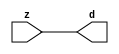

//------> ./rtl_mgc_ioport.v 
//------------------------------------------------------------------
//                M G C _ I O P O R T _ C O M P S
//------------------------------------------------------------------

//------------------------------------------------------------------
//                       M O D U L E S
//------------------------------------------------------------------

//------------------------------------------------------------------
//-- INPUT ENTITIES
//------------------------------------------------------------------

module mgc_in_wire (d, z);

  parameter integer rscid = 1;
  parameter integer width = 8;

  output [width-1:0] d;
  input  [width-1:0] z;

  wire   [width-1:0] d;

  assign d = z;

endmodule

//------------------------------------------------------------------

module mgc_in_wire_en (ld, d, lz, z);

  parameter integer rscid = 1;
  parameter integer width = 8;

  input              ld;
  output [width-1:0] d;
  output             lz;
  input  [width-1:0] z;

  wire   [width-1:0] d;
  wire               lz;

  assign d = z;
  assign lz = ld;

endmodule

//------------------------------------------------------------------

module mgc_in_wire_wait (ld, vd, d, lz, vz, z);

  parameter integer rscid = 1;
  parameter integer width = 8;

  input              ld;
  output             vd;
  output [width-1:0] d;
  output             lz;
  input              vz;
  input  [width-1:0] z;

  wire               vd;
  wire   [width-1:0] d;
  wire               lz;

  assign d = z;
  assign lz = ld;
  assign vd = vz;

endmodule
//------------------------------------------------------------------

module mgc_chan_in (ld, vd, d, lz, vz, z, size, req_size, sizez, sizelz);

  parameter integer rscid = 1;
  parameter integer width = 8;
  parameter integer sz_width = 8;

  input              ld;
  output             vd;
  output [width-1:0] d;
  output             lz;
  input              vz;
  input  [width-1:0] z;
  output [sz_width-1:0] size;
  input              req_size;
  input  [sz_width-1:0] sizez;
  output             sizelz;


  wire               vd;
  wire   [width-1:0] d;
  wire               lz;
  wire   [sz_width-1:0] size;
  wire               sizelz;

  assign d = z;
  assign lz = ld;
  assign vd = vz;
  assign size = sizez;
  assign sizelz = req_size;

endmodule


//------------------------------------------------------------------
//-- OUTPUT ENTITIES
//------------------------------------------------------------------

module mgc_out_stdreg (d, z);

  parameter integer rscid = 1;
  parameter integer width = 8;

  input    [width-1:0] d;
  output   [width-1:0] z;

  wire     [width-1:0] z;

  assign z = d;

endmodule

//------------------------------------------------------------------

module mgc_out_stdreg_en (ld, d, lz, z);

  parameter integer rscid = 1;
  parameter integer width = 8;

  input              ld;
  input  [width-1:0] d;
  output             lz;
  output [width-1:0] z;

  wire               lz;
  wire   [width-1:0] z;

  assign z = d;
  assign lz = ld;

endmodule

//------------------------------------------------------------------

module mgc_out_stdreg_wait (ld, vd, d, lz, vz, z);

  parameter integer rscid = 1;
  parameter integer width = 8;

  input              ld;
  output             vd;
  input  [width-1:0] d;
  output             lz;
  input              vz;
  output [width-1:0] z;

  wire               vd;
  wire               lz;
  wire   [width-1:0] z;

  assign z = d;
  assign lz = ld;
  assign vd = vz;

endmodule

//------------------------------------------------------------------

module mgc_out_prereg_en (ld, d, lz, z);

    parameter integer rscid = 1;
    parameter integer width = 8;

    input              ld;
    input  [width-1:0] d;
    output             lz;
    output [width-1:0] z;

    wire               lz;
    wire   [width-1:0] z;

    assign z = d;
    assign lz = ld;

endmodule

//------------------------------------------------------------------
//-- INOUT ENTITIES
//------------------------------------------------------------------

module mgc_inout_stdreg_en (ldin, din, ldout, dout, lzin, lzout, z);

    parameter integer rscid = 1;
    parameter integer width = 8;

    input              ldin;
    output [width-1:0] din;
    input              ldout;
    input  [width-1:0] dout;
    output             lzin;
    output             lzout;
    inout  [width-1:0] z;

    wire   [width-1:0] din;
    wire               lzin;
    wire               lzout;
    wire   [width-1:0] z;

    assign lzin = ldin;
    assign din = ldin ? z : {width{1'bz}};
    assign lzout = ldout;
    assign z = ldout ? dout : {width{1'bz}};

endmodule

//------------------------------------------------------------------
module hid_tribuf( I_SIG, ENABLE, O_SIG);
  parameter integer width = 8;

  input [width-1:0] I_SIG;
  input ENABLE;
  inout [width-1:0] O_SIG;

  assign O_SIG = (ENABLE) ? I_SIG : { width{1'bz}};

endmodule
//------------------------------------------------------------------

module mgc_inout_stdreg_wait (ldin, vdin, din, ldout, vdout, dout, lzin, vzin, lzout, vzout, z);

    parameter integer rscid = 1;
    parameter integer width = 8;

    input              ldin;
    output             vdin;
    output [width-1:0] din;
    input              ldout;
    output             vdout;
    input  [width-1:0] dout;
    output             lzin;
    input              vzin;
    output             lzout;
    input              vzout;
    inout  [width-1:0] z;

    wire               vdin;
    wire   [width-1:0] din;
    wire               vdout;
    wire               lzin;
    wire               lzout;
    wire   [width-1:0] z;
    wire   ldout_and_vzout;

    assign lzin = ldin;
    assign vdin = vzin;
    assign din = ldin ? z : {width{1'bz}};
    assign lzout = ldout;
    assign vdout = vzout ;
    assign ldout_and_vzout = ldout && vzout ;

    hid_tribuf #(width) tb( .I_SIG(dout),
                            .ENABLE(ldout_and_vzout),
                            .O_SIG(z) );

endmodule

//------------------------------------------------------------------

module mgc_inout_buf_wait (clk, en, arst, srst, ldin, vdin, din, ldout, vdout, dout, lzin, vzin, lzout, vzout, z);

    parameter integer rscid   = 0; // resource ID
    parameter integer width   = 8; // fifo width
    parameter         ph_clk  =  1'b1; // clock polarity 1=rising edge, 0=falling edge
    parameter         ph_en   =  1'b1; // clock enable polarity
    parameter         ph_arst =  1'b1; // async reset polarity
    parameter         ph_srst =  1'b1; // sync reset polarity

    input              clk;
    input              en;
    input              arst;
    input              srst;
    input              ldin;
    output             vdin;
    output [width-1:0] din;
    input              ldout;
    output             vdout;
    input  [width-1:0] dout;
    output             lzin;
    input              vzin;
    output             lzout;
    input              vzout;
    inout  [width-1:0] z;

    wire               lzout_buf;
    wire               vzout_buf;
    wire   [width-1:0] z_buf;
    wire               vdin;
    wire   [width-1:0] din;
    wire               vdout;
    wire               lzin;
    wire               lzout;
    wire   [width-1:0] z;

    assign lzin = ldin;
    assign vdin = vzin;
    assign din = ldin ? z : {width{1'bz}};
    assign lzout = lzout_buf & ~ldin;
    assign vzout_buf = vzout & ~ldin;
    hid_tribuf #(width) tb( .I_SIG(z_buf),
                            .ENABLE((lzout_buf && (!ldin) && vzout) ),
                            .O_SIG(z)  );

    mgc_out_buf_wait
    #(
        .rscid   (rscid),
        .width   (width),
        .ph_clk  (ph_clk),
        .ph_en   (ph_en),
        .ph_arst (ph_arst),
        .ph_srst (ph_srst)
    )
    BUFF
    (
        .clk     (clk),
        .en      (en),
        .arst    (arst),
        .srst    (srst),
        .ld      (ldout),
        .vd      (vdout),
        .d       (dout),
        .lz      (lzout_buf),
        .vz      (vzout_buf),
        .z       (z_buf)
    );


endmodule

module mgc_inout_fifo_wait (clk, en, arst, srst, ldin, vdin, din, ldout, vdout, dout, lzin, vzin, lzout, vzout, z);

    parameter integer rscid   = 0; // resource ID
    parameter integer width   = 8; // fifo width
    parameter integer fifo_sz = 8; // fifo depth
    parameter         ph_clk  = 1'b1;  // clock polarity 1=rising edge, 0=falling edge
    parameter         ph_en   = 1'b1;  // clock enable polarity
    parameter         ph_arst = 1'b1;  // async reset polarity
    parameter         ph_srst = 1'b1;  // sync reset polarity
    parameter integer ph_log2 = 3;     // log2(fifo_sz)
    parameter integer pwropt  = 0;     // pwropt

    input              clk;
    input              en;
    input              arst;
    input              srst;
    input              ldin;
    output             vdin;
    output [width-1:0] din;
    input              ldout;
    output             vdout;
    input  [width-1:0] dout;
    output             lzin;
    input              vzin;
    output             lzout;
    input              vzout;
    inout  [width-1:0] z;

    wire               lzout_buf;
    wire               vzout_buf;
    wire   [width-1:0] z_buf;
    wire               comb;
    wire               vdin;
    wire   [width-1:0] din;
    wire               vdout;
    wire               lzin;
    wire               lzout;
    wire   [width-1:0] z;

    assign lzin = ldin;
    assign vdin = vzin;
    assign din = ldin ? z : {width{1'bz}};
    assign lzout = lzout_buf & ~ldin;
    assign vzout_buf = vzout & ~ldin;
    assign comb = (lzout_buf && (!ldin) && vzout);

    hid_tribuf #(width) tb2( .I_SIG(z_buf), .ENABLE(comb), .O_SIG(z)  );

    mgc_out_fifo_wait
    #(
        .rscid   (rscid),
        .width   (width),
        .fifo_sz (fifo_sz),
        .ph_clk  (ph_clk),
        .ph_en   (ph_en),
        .ph_arst (ph_arst),
        .ph_srst (ph_srst),
        .ph_log2 (ph_log2),
        .pwropt  (pwropt)
    )
    FIFO
    (
        .clk   (clk),
        .en      (en),
        .arst    (arst),
        .srst    (srst),
        .ld      (ldout),
        .vd      (vdout),
        .d       (dout),
        .lz      (lzout_buf),
        .vz      (vzout_buf),
        .z       (z_buf)
    );

endmodule

//------------------------------------------------------------------
//-- I/O SYNCHRONIZATION ENTITIES
//------------------------------------------------------------------

module mgc_io_sync (ld, lz);

    input  ld;
    output lz;

    assign lz = ld;

endmodule

module mgc_bsync_rdy (rd, rz);

    parameter integer rscid   = 0; // resource ID
    parameter ready = 1;
    parameter valid = 0;

    input  rd;
    output rz;

    wire   rz;

    assign rz = rd;

endmodule

module mgc_bsync_vld (vd, vz);

    parameter integer rscid   = 0; // resource ID
    parameter ready = 0;
    parameter valid = 1;

    output vd;
    input  vz;

    wire   vd;

    assign vd = vz;

endmodule

module mgc_bsync_rv (rd, vd, rz, vz);

    parameter integer rscid   = 0; // resource ID
    parameter ready = 1;
    parameter valid = 1;

    input  rd;
    output vd;
    output rz;
    input  vz;

    wire   vd;
    wire   rz;

    assign rz = rd;
    assign vd = vz;

endmodule

//------------------------------------------------------------------

module mgc_sync (ldin, vdin, ldout, vdout);

  input  ldin;
  output vdin;
  input  ldout;
  output vdout;

  wire   vdin;
  wire   vdout;

  assign vdin = ldout;
  assign vdout = ldin;

endmodule

///////////////////////////////////////////////////////////////////////////////
// dummy function used to preserve funccalls for modulario
// it looks like a memory read to the caller
///////////////////////////////////////////////////////////////////////////////
module funccall_inout (d, ad, bd, z, az, bz);

  parameter integer ram_id = 1;
  parameter integer width = 8;
  parameter integer addr_width = 8;

  output [width-1:0]       d;
  input  [addr_width-1:0]  ad;
  input                    bd;
  input  [width-1:0]       z;
  output [addr_width-1:0]  az;
  output                   bz;

  wire   [width-1:0]       d;
  wire   [addr_width-1:0]  az;
  wire                     bz;

  assign d  = z;
  assign az = ad;
  assign bz = bd;

endmodule


///////////////////////////////////////////////////////////////////////////////
// inlinable modular io not otherwise found in mgc_ioport
///////////////////////////////////////////////////////////////////////////////

module modulario_en_in (vd, d, vz, z);

  parameter integer rscid = 1;
  parameter integer width = 8;

  output             vd;
  output [width-1:0] d;
  input              vz;
  input  [width-1:0] z;

  wire   [width-1:0] d;
  wire               vd;

  assign d = z;
  assign vd = vz;

endmodule

//------> ./rtl_mgc_ioport_v2001.v 
//------------------------------------------------------------------

module mgc_out_reg_pos (clk, en, arst, srst, ld, d, lz, z);

    parameter integer rscid   = 1;
    parameter integer width   = 8;
    parameter         ph_en   =  1'b1;
    parameter         ph_arst =  1'b1;
    parameter         ph_srst =  1'b1;

    input              clk;
    input              en;
    input              arst;
    input              srst;
    input              ld;
    input  [width-1:0] d;
    output             lz;
    output [width-1:0] z;

    reg                lz;
    reg    [width-1:0] z;

    generate
    if (ph_arst == 1'b0)
    begin: NEG_ARST
        always @(posedge clk or negedge arst)
        if (arst == 1'b0)
        begin: B1
            lz <= 1'b0;
            z  <= {width{1'b0}};
        end
        else if (srst == ph_srst)
        begin: B2
            lz <= 1'b0;
            z  <= {width{1'b0}};
        end
        else if (en == ph_en)
        begin: B3
            lz <= ld;
            z  <= (ld) ? d : z;
        end
    end
    else
    begin: POS_ARST
        always @(posedge clk or posedge arst)
        if (arst == 1'b1)
        begin: B1
            lz <= 1'b0;
            z  <= {width{1'b0}};
        end
        else if (srst == ph_srst)
        begin: B2
            lz <= 1'b0;
            z  <= {width{1'b0}};
        end
        else if (en == ph_en)
        begin: B3
            lz <= ld;
            z  <= (ld) ? d : z;
        end
    end
    endgenerate

endmodule

//------------------------------------------------------------------

module mgc_out_reg_neg (clk, en, arst, srst, ld, d, lz, z);

    parameter integer rscid   = 1;
    parameter integer width   = 8;
    parameter         ph_en   =  1'b1;
    parameter         ph_arst =  1'b1;
    parameter         ph_srst =  1'b1;

    input              clk;
    input              en;
    input              arst;
    input              srst;
    input              ld;
    input  [width-1:0] d;
    output             lz;
    output [width-1:0] z;

    reg                lz;
    reg    [width-1:0] z;

    generate
    if (ph_arst == 1'b0)
    begin: NEG_ARST
        always @(negedge clk or negedge arst)
        if (arst == 1'b0)
        begin: B1
            lz <= 1'b0;
            z  <= {width{1'b0}};
        end
        else if (srst == ph_srst)
        begin: B2
            lz <= 1'b0;
            z  <= {width{1'b0}};
        end
        else if (en == ph_en)
        begin: B3
            lz <= ld;
            z  <= (ld) ? d : z;
        end
    end
    else
    begin: POS_ARST
        always @(negedge clk or posedge arst)
        if (arst == 1'b1)
        begin: B1
            lz <= 1'b0;
            z  <= {width{1'b0}};
        end
        else if (srst == ph_srst)
        begin: B2
            lz <= 1'b0;
            z  <= {width{1'b0}};
        end
        else if (en == ph_en)
        begin: B3
            lz <= ld;
            z  <= (ld) ? d : z;
        end
    end
    endgenerate

endmodule

//------------------------------------------------------------------

module mgc_out_reg (clk, en, arst, srst, ld, d, lz, z); // Not Supported

    parameter integer rscid   = 1;
    parameter integer width   = 8;
    parameter         ph_clk  =  1'b1;
    parameter         ph_en   =  1'b1;
    parameter         ph_arst =  1'b1;
    parameter         ph_srst =  1'b1;

    input              clk;
    input              en;
    input              arst;
    input              srst;
    input              ld;
    input  [width-1:0] d;
    output             lz;
    output [width-1:0] z;


    generate
    if (ph_clk == 1'b0)
    begin: NEG_EDGE

        mgc_out_reg_neg
        #(
            .rscid   (rscid),
            .width   (width),
            .ph_en   (ph_en),
            .ph_arst (ph_arst),
            .ph_srst (ph_srst)
        )
        mgc_out_reg_neg_inst
        (
            .clk     (clk),
            .en      (en),
            .arst    (arst),
            .srst    (srst),
            .ld      (ld),
            .d       (d),
            .lz      (lz),
            .z       (z)
        );

    end
    else
    begin: POS_EDGE

        mgc_out_reg_pos
        #(
            .rscid   (rscid),
            .width   (width),
            .ph_en   (ph_en),
            .ph_arst (ph_arst),
            .ph_srst (ph_srst)
        )
        mgc_out_reg_pos_inst
        (
            .clk     (clk),
            .en      (en),
            .arst    (arst),
            .srst    (srst),
            .ld      (ld),
            .d       (d),
            .lz      (lz),
            .z       (z)
        );

    end
    endgenerate

endmodule




//------------------------------------------------------------------

module mgc_out_buf_wait (clk, en, arst, srst, ld, vd, d, vz, lz, z); // Not supported

    parameter integer rscid   = 1;
    parameter integer width   = 8;
    parameter         ph_clk  =  1'b1;
    parameter         ph_en   =  1'b1;
    parameter         ph_arst =  1'b1;
    parameter         ph_srst =  1'b1;

    input              clk;
    input              en;
    input              arst;
    input              srst;
    input              ld;
    output             vd;
    input  [width-1:0] d;
    output             lz;
    input              vz;
    output [width-1:0] z;

    wire               filled;
    wire               filled_next;
    wire   [width-1:0] abuf;
    wire               lbuf;


    assign filled_next = (filled & (~vz)) | (filled & ld) | (ld & (~vz));

    assign lbuf = ld & ~(filled ^ vz);

    assign vd = vz | ~filled;

    assign lz = ld | filled;

    assign z = (filled) ? abuf : d;

    wire dummy;
    wire dummy_bufreg_lz;

    // Output registers:
    mgc_out_reg
    #(
        .rscid   (rscid),
        .width   (1'b1),
        .ph_clk  (ph_clk),
        .ph_en   (ph_en),
        .ph_arst (ph_arst),
        .ph_srst (ph_srst)
    )
    STATREG
    (
        .clk     (clk),
        .en      (en),
        .arst    (arst),
        .srst    (srst),
        .ld      (filled_next),
        .d       (1'b0),       // input d is unused
        .lz      (filled),
        .z       (dummy)            // output z is unused
    );

    mgc_out_reg
    #(
        .rscid   (rscid),
        .width   (width),
        .ph_clk  (ph_clk),
        .ph_en   (ph_en),
        .ph_arst (ph_arst),
        .ph_srst (ph_srst)
    )
    BUFREG
    (
        .clk     (clk),
        .en      (en),
        .arst    (arst),
        .srst    (srst),
        .ld      (lbuf),
        .d       (d),
        .lz      (dummy_bufreg_lz),
        .z       (abuf)
    );

endmodule

//------------------------------------------------------------------

module mgc_out_fifo_wait (clk, en, arst, srst, ld, vd, d, lz, vz,  z);

    parameter integer rscid   = 0; // resource ID
    parameter integer width   = 8; // fifo width
    parameter integer fifo_sz = 8; // fifo depth
    parameter         ph_clk  = 1'b1; // clock polarity 1=rising edge, 0=falling edge
    parameter         ph_en   = 1'b1; // clock enable polarity
    parameter         ph_arst = 1'b1; // async reset polarity
    parameter         ph_srst = 1'b1; // sync reset polarity
    parameter integer ph_log2 = 3; // log2(fifo_sz)
    parameter integer pwropt  = 0; // pwropt


    input                 clk;
    input                 en;
    input                 arst;
    input                 srst;
    input                 ld;    // load data
    output                vd;    // fifo full active low
    input     [width-1:0] d;
    output                lz;    // fifo ready to send
    input                 vz;    // dest ready for data
    output    [width-1:0] z;

    wire    [31:0]      size;


      // Output registers:
 mgc_out_fifo_wait_core#(
        .rscid   (rscid),
        .width   (width),
        .sz_width (32),
        .fifo_sz (fifo_sz),
        .ph_clk  (ph_clk),
        .ph_en   (ph_en),
        .ph_arst (ph_arst),
        .ph_srst (ph_srst),
        .ph_log2 (ph_log2),
        .pwropt  (pwropt)
        ) CORE (
        .clk (clk),
        .en (en),
        .arst (arst),
        .srst (srst),
        .ld (ld),
        .vd (vd),
        .d (d),
        .lz (lz),
        .vz (vz),
        .z (z),
        .size (size)
        );

endmodule



module mgc_out_fifo_wait_core (clk, en, arst, srst, ld, vd, d, lz, vz,  z, size);

    parameter integer rscid   = 0; // resource ID
    parameter integer width   = 8; // fifo width
    parameter integer sz_width = 8; // size of port for elements in fifo
    parameter integer fifo_sz = 8; // fifo depth
    parameter         ph_clk  =  1'b1; // clock polarity 1=rising edge, 0=falling edge
    parameter         ph_en   =  1'b1; // clock enable polarity
    parameter         ph_arst =  1'b1; // async reset polarity
    parameter         ph_srst =  1'b1; // sync reset polarity
    parameter integer ph_log2 = 3; // log2(fifo_sz)
    parameter integer pwropt  = 0; // pwropt

   localparam integer  fifo_b = width * fifo_sz;

    input                 clk;
    input                 en;
    input                 arst;
    input                 srst;
    input                 ld;    // load data
    output                vd;    // fifo full active low
    input     [width-1:0] d;
    output                lz;    // fifo ready to send
    input                 vz;    // dest ready for data
    output    [width-1:0] z;
    output    [sz_width-1:0]      size;

    reg      [( (fifo_sz > 0) ? fifo_sz : 1)-1:0] stat_pre;
    wire     [( (fifo_sz > 0) ? fifo_sz : 1)-1:0] stat;
    reg      [( (fifo_b > 0) ? fifo_b : 1)-1:0] buff_pre;
    wire     [( (fifo_b > 0) ? fifo_b : 1)-1:0] buff;
    reg      [( (fifo_sz > 0) ? fifo_sz : 1)-1:0] en_l;
    reg      [(((fifo_sz > 0) ? fifo_sz : 1)-1)/8:0] en_l_s;

    reg       [width-1:0] buff_nxt;

    reg                   stat_nxt;
    reg                   stat_before;
    reg                   stat_after;
    reg                   en_l_var;

    integer               i;
    genvar                eni;

    wire [32:0]           size_t;
    reg [31:0]            count;
    reg [31:0]            count_t;
    reg [32:0]            n_elem;
// pragma translate_off
    reg [31:0]            peak;
// pragma translate_on

    wire [( (fifo_sz > 0) ? fifo_sz : 1)-1:0] dummy_statreg_lz;
    wire [( (fifo_b > 0) ? fifo_b : 1)-1:0] dummy_bufreg_lz;

    generate
    if ( fifo_sz > 0 )
    begin: FIFO_REG
      assign vd = vz | ~stat[0];
      assign lz = ld | stat[fifo_sz-1];
      assign size_t = (count - (vz && stat[fifo_sz-1])) + ld;
      assign size = size_t[sz_width-1:0];
      assign z = (stat[fifo_sz-1]) ? buff[fifo_b-1:width*(fifo_sz-1)] : d;

      always @(*)
      begin: FIFOPROC
        n_elem = 33'b0;
        for (i = fifo_sz-1; i >= 0; i = i - 1)
        begin
          if (i != 0)
            stat_before = stat[i-1];
          else
            stat_before = 1'b0;

          if (i != (fifo_sz-1))
            stat_after = stat[i+1];
          else
            stat_after = 1'b1;

          stat_nxt = stat_after &
                    (stat_before | (stat[i] & (~vz)) | (stat[i] & ld) | (ld & (~vz)));

          stat_pre[i] = stat_nxt;
          en_l_var = 1'b1;
          if (!stat_nxt)
            begin
              buff_nxt = {width{1'b0}};
              en_l_var = 1'b0;
            end
          else if (vz && stat_before)
            buff_nxt[0+:width] = buff[width*(i-1)+:width];
          else if (ld && !((vz && stat_before) || ((!vz) && stat[i])))
            buff_nxt = d;
          else
            begin
              if (pwropt == 0)
                buff_nxt[0+:width] = buff[width*i+:width];
              else
                buff_nxt = {width{1'b0}};
              en_l_var = 1'b0;
            end

          if (ph_en != 0)
            en_l[i] = en & en_l_var;
          else
            en_l[i] = en | ~en_l_var;

          buff_pre[width*i+:width] = buff_nxt[0+:width];

          if ((stat_after == 1'b1) && (stat[i] == 1'b0))
            n_elem = ($unsigned(fifo_sz) - 1) - i;
        end

        if (ph_en != 0)
          en_l_s[(((fifo_sz > 0) ? fifo_sz : 1)-1)/8] = 1'b1;
        else
          en_l_s[(((fifo_sz > 0) ? fifo_sz : 1)-1)/8] = 1'b0;

        for (i = fifo_sz-1; i >= 7; i = i - 1)
        begin
          if ((i%'d2) == 0)
          begin
            if (ph_en != 0)
              en_l_s[(i/8)-1] = en & (stat[i]|stat_pre[i-1]);
            else
              en_l_s[(i/8)-1] = en | ~(stat[i]|stat_pre[i-1]);
          end
        end

        if ( stat[fifo_sz-1] == 1'b0 )
          count_t = 32'b0;
        else if ( stat[0] == 1'b1 )
          count_t = { {(32-ph_log2){1'b0}}, fifo_sz};
        else
          count_t = n_elem[31:0];
        count = count_t;
// pragma translate_off
        if ( peak < count )
          peak = count;
// pragma translate_on
      end

      if (pwropt == 0)
      begin: NOCGFIFO
        // Output registers:
        mgc_out_reg
        #(
            .rscid   (rscid),
            .width   (fifo_sz),
            .ph_clk  (ph_clk),
            .ph_en   (ph_en),
            .ph_arst (ph_arst),
            .ph_srst (ph_srst)
        )
        STATREG
        (
            .clk     (clk),
            .en      (en),
            .arst    (arst),
            .srst    (srst),
            .ld      (1'b1),
            .d       (stat_pre),
            .lz      (dummy_statreg_lz[0]),
            .z       (stat)
        );
        mgc_out_reg
        #(
            .rscid   (rscid),
            .width   (fifo_b),
            .ph_clk  (ph_clk),
            .ph_en   (ph_en),
            .ph_arst (ph_arst),
            .ph_srst (ph_srst)
        )
        BUFREG
        (
            .clk     (clk),
            .en      (en),
            .arst    (arst),
            .srst    (srst),
            .ld      (1'b1),
            .d       (buff_pre),
            .lz      (dummy_bufreg_lz[0]),
            .z       (buff)
        );
      end
      else
      begin: CGFIFO
        // Output registers:
        if ( pwropt > 1)
        begin: CGSTATFIFO2
          for (eni = fifo_sz-1; eni >= 0; eni = eni - 1)
          begin: pwroptGEN1
            mgc_out_reg
            #(
              .rscid   (rscid),
              .width   (1),
              .ph_clk  (ph_clk),
              .ph_en   (ph_en),
              .ph_arst (ph_arst),
              .ph_srst (ph_srst)
            )
            STATREG
            (
              .clk     (clk),
              .en      (en_l_s[eni/8]),
              .arst    (arst),
              .srst    (srst),
              .ld      (1'b1),
              .d       (stat_pre[eni]),
              .lz      (dummy_statreg_lz[eni]),
              .z       (stat[eni])
            );
          end
        end
        else
        begin: CGSTATFIFO
          mgc_out_reg
          #(
            .rscid   (rscid),
            .width   (fifo_sz),
            .ph_clk  (ph_clk),
            .ph_en   (ph_en),
            .ph_arst (ph_arst),
            .ph_srst (ph_srst)
          )
          STATREG
          (
            .clk     (clk),
            .en      (en),
            .arst    (arst),
            .srst    (srst),
            .ld      (1'b1),
            .d       (stat_pre),
            .lz      (dummy_statreg_lz[0]),
            .z       (stat)
          );
        end
        for (eni = fifo_sz-1; eni >= 0; eni = eni - 1)
        begin: pwroptGEN2
          mgc_out_reg
          #(
            .rscid   (rscid),
            .width   (width),
            .ph_clk  (ph_clk),
            .ph_en   (ph_en),
            .ph_arst (ph_arst),
            .ph_srst (ph_srst)
          )
          BUFREG
          (
            .clk     (clk),
            .en      (en_l[eni]),
            .arst    (arst),
            .srst    (srst),
            .ld      (1'b1),
            .d       (buff_pre[width*eni+:width]),
            .lz      (dummy_bufreg_lz[eni]),
            .z       (buff[width*eni+:width])
          );
        end
      end
    end
    else
    begin: FEED_THRU
      assign vd = vz;
      assign lz = ld;
      assign z = d;
      assign size = ld && !vz;
    end
    endgenerate

endmodule

//------------------------------------------------------------------
//-- PIPE ENTITIES
//------------------------------------------------------------------
/*
 *
 *             _______________________________________________
 * WRITER    |                                               |          READER
 *           |           MGC_PIPE                            |
 *           |           __________________________          |
 *        --<| vdout  --<| vd ---------------  vz<|-----ldin<|---
 *           |           |      FIFO              |          |
 *        ---|>ldout  ---|>ld ---------------- lz |> ---vdin |>--
 *        ---|>dout -----|>d  ---------------- dz |> ----din |>--
 *           |           |________________________|          |
 *           |_______________________________________________|
 */
// two clock pipe
module mgc_pipe (clk, en, arst, srst, ldin, vdin, din, ldout, vdout, dout, size, req_size);

    parameter integer rscid   = 0; // resource ID
    parameter integer width   = 8; // fifo width
    parameter integer sz_width = 8; // width of size of elements in fifo
    parameter integer fifo_sz = 8; // fifo depth
    parameter integer log2_sz = 3; // log2(fifo_sz)
    parameter         ph_clk  = 1'b1;  // clock polarity 1=rising edge, 0=falling edge
    parameter         ph_en   = 1'b1;  // clock enable polarity
    parameter         ph_arst = 1'b1;  // async reset polarity
    parameter         ph_srst = 1'b1;  // sync reset polarity
    parameter integer pwropt  = 0; // pwropt

    input              clk;
    input              en;
    input              arst;
    input              srst;
    input              ldin;
    output             vdin;
    output [width-1:0] din;
    input              ldout;
    output             vdout;
    input  [width-1:0] dout;
    output [sz_width-1:0]      size;
    input              req_size;


    mgc_out_fifo_wait_core
    #(
        .rscid    (rscid),
        .width    (width),
        .sz_width (sz_width),
        .fifo_sz  (fifo_sz),
        .ph_clk   (ph_clk),
        .ph_en    (ph_en),
        .ph_arst  (ph_arst),
        .ph_srst  (ph_srst),
        .ph_log2  (log2_sz),
        .pwropt   (pwropt)
    )
    FIFO
    (
        .clk     (clk),
        .en      (en),
        .arst    (arst),
        .srst    (srst),
        .ld      (ldout),
        .vd      (vdout),
        .d       (dout),
        .lz      (vdin),
        .vz      (ldin),
        .z       (din),
        .size    (size)
    );

endmodule


//------> ./rtl.v 
// ----------------------------------------------------------------------
//  HLS HDL:        Verilog Netlister
//  HLS Version:    2011a.126 Production Release
//  HLS Date:       Wed Aug  8 00:52:07 PDT 2012
// 
//  Generated by:   jb914@EEWS104A-020
//  Generated date: Mon May 11 13:58:29 2015
// ----------------------------------------------------------------------

// 
// ------------------------------------------------------------------
//  Design Unit:    motion_blur_core
// ------------------------------------------------------------------


module motion_blur_core (
  clk, en, arst_n, vin_rsc_mgc_in_wire_d, vout_rsc_mgc_out_stdreg_d
);
  input clk;
  input en;
  input arst_n;
  input [149:0] vin_rsc_mgc_in_wire_d;
  output [29:0] vout_rsc_mgc_out_stdreg_d;


  // Interconnect Declarations
  reg [9:0] regs_regs_slc_regs_regs_2_sg1_4_itm;
  reg [9:0] regs_regs_slc_regs_regs_3_sg1_4_itm;
  reg [9:0] regs_regs_slc_regs_regs_1_sg1_4_itm;
  reg [9:0] regs_regs_slc_regs_regs_2_sg1_5_itm;
  reg [9:0] regs_regs_slc_regs_regs_3_sg1_5_itm;
  reg [9:0] regs_regs_slc_regs_regs_1_sg1_5_itm;
  reg [9:0] regs_regs_slc_regs_regs_2_sg1_6_itm;
  reg [9:0] regs_regs_slc_regs_regs_3_sg1_3_itm;
  reg [9:0] regs_regs_slc_regs_regs_1_sg1_6_itm;
  reg [59:0] regs_regs_2_sg1_sva_sg1;
  reg [89:0] regs_regs_1_sg1_sva_sg1;
  reg [29:0] regs_regs_3_sg1_sva_sg1;
  wire [4:0] acc_imod_4_sva;
  wire [6:0] nl_acc_imod_4_sva;
  wire [4:0] acc_imod_2_sva;
  wire [6:0] nl_acc_imod_2_sva;
  wire [4:0] acc_imod_sva;
  wire [6:0] nl_acc_imod_sva;
  wire [12:0] ACC2_5_acc_2_psp_sva;
  wire [13:0] nl_ACC2_5_acc_2_psp_sva;
  wire [12:0] ACC2_5_acc_3_psp_sva;
  wire [13:0] nl_ACC2_5_acc_3_psp_sva;
  wire [12:0] ACC2_5_acc_1_psp_sva;
  wire [13:0] nl_ACC2_5_acc_1_psp_sva;
  reg [9:0] reg_vout_rsc_mgc_out_stdreg_d_tmp;
  reg [9:0] reg_vout_rsc_mgc_out_stdreg_d_tmp_1;
  reg [9:0] reg_vout_rsc_mgc_out_stdreg_d_tmp_2;
  reg [29:0] reg_regs_regs_0_sva_sg1_tmp_90;
  wire [10:0] FRAME_acc_2_psp_2_sva;
  wire [12:0] nl_FRAME_acc_2_psp_2_sva;
  wire [10:0] FRAME_acc_4_psp_2_sva;
  wire [12:0] nl_FRAME_acc_4_psp_2_sva;
  wire [10:0] FRAME_acc_3_psp_2_sva;
  wire [12:0] nl_FRAME_acc_3_psp_2_sva;


  // Interconnect Declarations for Component Instantiations 
  assign vout_rsc_mgc_out_stdreg_d = {reg_vout_rsc_mgc_out_stdreg_d_tmp , reg_vout_rsc_mgc_out_stdreg_d_tmp_1
      , reg_vout_rsc_mgc_out_stdreg_d_tmp_2};
  assign nl_FRAME_acc_2_psp_2_sva = (conv_u2s_10_11(signext_10_9({(ACC2_5_acc_1_psp_sva[12])
      , 2'b0 , (signext_2_1(ACC2_5_acc_1_psp_sva[12])) , 2'b0 , (signext_2_1(ACC2_5_acc_1_psp_sva[12]))}))
      + conv_s2s_9_11(conv_u2s_8_10(conv_u2s_16_9(conv_u2u_2_8(ACC2_5_acc_1_psp_sva[9:8])
      * 8'b110011)) + conv_s2s_7_9(conv_u2s_6_8(conv_u2s_12_7(conv_u2u_2_6(ACC2_5_acc_1_psp_sva[7:6])
      * 6'b1101)) + conv_s2s_5_7(conv_s2s_4_5(({2'b10 , (ACC2_5_acc_1_psp_sva[3:2])})
      + conv_u2s_3_4(readslicef_4_3_1((conv_u2u_3_4({(ACC2_5_acc_1_psp_sva[5:4])
      , 1'b1}) + conv_u2u_3_4({(acc_imod_sva[3:2]) , 1'b1}))))) + conv_u2s_4_5(conv_u2u_3_4({(ACC2_5_acc_1_psp_sva[5:4])
      , (acc_imod_sva[4])}) + conv_u2u_3_4({(~ (acc_imod_sva[4])) , 1'b1 , (~ (readslicef_4_1_3((({1'b1
      , (acc_imod_sva[1:0]) , 1'b1}) + conv_u2s_3_4({(~ (acc_imod_sva[3:2])) , (~
      (acc_imod_sva[4]))})))))})))))) + conv_u2s_10_12(conv_u2s_20_11(conv_u2u_2_10(ACC2_5_acc_1_psp_sva[11:10])
      * 10'b11001101));
  assign FRAME_acc_2_psp_2_sva = nl_FRAME_acc_2_psp_2_sva[10:0];
  assign nl_FRAME_acc_4_psp_2_sva = (conv_u2s_10_11(signext_10_9({(ACC2_5_acc_2_psp_sva[12])
      , 2'b0 , (signext_2_1(ACC2_5_acc_2_psp_sva[12])) , 2'b0 , (signext_2_1(ACC2_5_acc_2_psp_sva[12]))}))
      + conv_s2s_9_11(conv_u2s_8_10(conv_u2s_16_9(conv_u2u_2_8(ACC2_5_acc_2_psp_sva[9:8])
      * 8'b110011)) + conv_s2s_7_9(conv_u2s_6_8(conv_u2s_12_7(conv_u2u_2_6(ACC2_5_acc_2_psp_sva[7:6])
      * 6'b1101)) + conv_s2s_5_7(conv_s2s_4_5(({2'b10 , (ACC2_5_acc_2_psp_sva[3:2])})
      + conv_u2s_3_4(readslicef_4_3_1((conv_u2u_3_4({(ACC2_5_acc_2_psp_sva[5:4])
      , 1'b1}) + conv_u2u_3_4({(acc_imod_4_sva[3:2]) , 1'b1}))))) + conv_u2s_4_5(conv_u2u_3_4({(ACC2_5_acc_2_psp_sva[5:4])
      , (acc_imod_4_sva[4])}) + conv_u2u_3_4({(~ (acc_imod_4_sva[4])) , 1'b1 , (~
      (readslicef_4_1_3((({1'b1 , (acc_imod_4_sva[1:0]) , 1'b1}) + conv_u2s_3_4({(~
      (acc_imod_4_sva[3:2])) , (~ (acc_imod_4_sva[4]))})))))})))))) + conv_u2s_10_12(conv_u2s_20_11(conv_u2u_2_10(ACC2_5_acc_2_psp_sva[11:10])
      * 10'b11001101));
  assign FRAME_acc_4_psp_2_sva = nl_FRAME_acc_4_psp_2_sva[10:0];
  assign nl_FRAME_acc_3_psp_2_sva = (conv_u2s_10_11(signext_10_9({(ACC2_5_acc_3_psp_sva[12])
      , 2'b0 , (signext_2_1(ACC2_5_acc_3_psp_sva[12])) , 2'b0 , (signext_2_1(ACC2_5_acc_3_psp_sva[12]))}))
      + conv_s2s_9_11(conv_u2s_8_10(conv_u2s_16_9(conv_u2u_2_8(ACC2_5_acc_3_psp_sva[9:8])
      * 8'b110011)) + conv_s2s_7_9(conv_u2s_6_8(conv_u2s_12_7(conv_u2u_2_6(ACC2_5_acc_3_psp_sva[7:6])
      * 6'b1101)) + conv_s2s_5_7(conv_s2s_4_5(({2'b10 , (ACC2_5_acc_3_psp_sva[3:2])})
      + conv_u2s_3_4(readslicef_4_3_1((conv_u2u_3_4({(ACC2_5_acc_3_psp_sva[5:4])
      , 1'b1}) + conv_u2u_3_4({(acc_imod_2_sva[3:2]) , 1'b1}))))) + conv_u2s_4_5(conv_u2u_3_4({(ACC2_5_acc_3_psp_sva[5:4])
      , (acc_imod_2_sva[4])}) + conv_u2u_3_4({(~ (acc_imod_2_sva[4])) , 1'b1 , (~
      (readslicef_4_1_3((({1'b1 , (acc_imod_2_sva[1:0]) , 1'b1}) + conv_u2s_3_4({(~
      (acc_imod_2_sva[3:2])) , (~ (acc_imod_2_sva[4]))})))))})))))) + conv_u2s_10_12(conv_u2s_20_11(conv_u2u_2_10(ACC2_5_acc_3_psp_sva[11:10])
      * 10'b11001101));
  assign FRAME_acc_3_psp_2_sva = nl_FRAME_acc_3_psp_2_sva[10:0];
  assign nl_ACC2_5_acc_2_psp_sva = conv_u2u_12_13(conv_u2u_11_12(conv_u2u_10_11(regs_regs_slc_regs_regs_2_sg1_5_itm)
      + conv_u2u_10_11(regs_regs_slc_regs_regs_3_sg1_5_itm)) + conv_u2u_10_12(vin_rsc_mgc_in_wire_d[19:10]))
      + conv_u2u_11_13(conv_u2u_10_11(reg_regs_regs_0_sva_sg1_tmp_90[19:10]) + conv_u2u_10_11(regs_regs_slc_regs_regs_1_sg1_5_itm));
  assign ACC2_5_acc_2_psp_sva = nl_ACC2_5_acc_2_psp_sva[12:0];
  assign nl_acc_imod_4_sva = (conv_u2u_4_5(conv_u2u_3_4(conv_u2u_2_3(ACC2_5_acc_2_psp_sva[5:4])
      + conv_u2u_2_3(~ (ACC2_5_acc_2_psp_sva[7:6]))) + conv_u2u_3_4(readslicef_4_3_1((conv_u2u_3_4({(ACC2_5_acc_2_psp_sva[9:8])
      , 1'b1}) + conv_u2u_3_4({(~ (ACC2_5_acc_2_psp_sva[11:10])) , 1'b1}))))) + conv_u2u_3_5(conv_u2u_2_3(ACC2_5_acc_2_psp_sva[1:0])
      + conv_u2u_2_3(~ (ACC2_5_acc_2_psp_sva[3:2])))) + ({4'b1011 , (ACC2_5_acc_2_psp_sva[12])});
  assign acc_imod_4_sva = nl_acc_imod_4_sva[4:0];
  assign nl_ACC2_5_acc_3_psp_sva = conv_u2u_12_13(conv_u2u_11_12(conv_u2u_10_11(regs_regs_slc_regs_regs_2_sg1_6_itm)
      + conv_u2u_10_11(regs_regs_slc_regs_regs_3_sg1_3_itm)) + conv_u2u_10_12(vin_rsc_mgc_in_wire_d[9:0]))
      + conv_u2u_11_13(conv_u2u_10_11(reg_regs_regs_0_sva_sg1_tmp_90[9:0]) + conv_u2u_10_11(regs_regs_slc_regs_regs_1_sg1_6_itm));
  assign ACC2_5_acc_3_psp_sva = nl_ACC2_5_acc_3_psp_sva[12:0];
  assign nl_acc_imod_2_sva = (conv_u2u_4_5(conv_u2u_3_4(conv_u2u_2_3(ACC2_5_acc_3_psp_sva[5:4])
      + conv_u2u_2_3(~ (ACC2_5_acc_3_psp_sva[7:6]))) + conv_u2u_3_4(readslicef_4_3_1((conv_u2u_3_4({(ACC2_5_acc_3_psp_sva[9:8])
      , 1'b1}) + conv_u2u_3_4({(~ (ACC2_5_acc_3_psp_sva[11:10])) , 1'b1}))))) + conv_u2u_3_5(conv_u2u_2_3(ACC2_5_acc_3_psp_sva[1:0])
      + conv_u2u_2_3(~ (ACC2_5_acc_3_psp_sva[3:2])))) + ({4'b1011 , (ACC2_5_acc_3_psp_sva[12])});
  assign acc_imod_2_sva = nl_acc_imod_2_sva[4:0];
  assign nl_ACC2_5_acc_1_psp_sva = conv_u2u_12_13(conv_u2u_11_12(conv_u2u_10_11(regs_regs_slc_regs_regs_2_sg1_4_itm)
      + conv_u2u_10_11(regs_regs_slc_regs_regs_3_sg1_4_itm)) + conv_u2u_10_12(vin_rsc_mgc_in_wire_d[29:20]))
      + conv_u2u_11_13(conv_u2u_10_11(reg_regs_regs_0_sva_sg1_tmp_90[29:20]) + conv_u2u_10_11(regs_regs_slc_regs_regs_1_sg1_4_itm));
  assign ACC2_5_acc_1_psp_sva = nl_ACC2_5_acc_1_psp_sva[12:0];
  assign nl_acc_imod_sva = (conv_u2u_4_5(conv_u2u_3_4(conv_u2u_2_3(ACC2_5_acc_1_psp_sva[5:4])
      + conv_u2u_2_3(~ (ACC2_5_acc_1_psp_sva[7:6]))) + conv_u2u_3_4(readslicef_4_3_1((conv_u2u_3_4({(ACC2_5_acc_1_psp_sva[9:8])
      , 1'b1}) + conv_u2u_3_4({(~ (ACC2_5_acc_1_psp_sva[11:10])) , 1'b1}))))) + conv_u2u_3_5(conv_u2u_2_3(ACC2_5_acc_1_psp_sva[1:0])
      + conv_u2u_2_3(~ (ACC2_5_acc_1_psp_sva[3:2])))) + ({4'b1011 , (ACC2_5_acc_1_psp_sva[12])});
  assign acc_imod_sva = nl_acc_imod_sva[4:0];
  always @(posedge clk or negedge arst_n) begin
    if ( ~ arst_n ) begin
      regs_regs_slc_regs_regs_2_sg1_6_itm <= 10'b0;
      regs_regs_slc_regs_regs_3_sg1_3_itm <= 10'b0;
      regs_regs_slc_regs_regs_1_sg1_6_itm <= 10'b0;
      regs_regs_slc_regs_regs_2_sg1_5_itm <= 10'b0;
      regs_regs_slc_regs_regs_3_sg1_5_itm <= 10'b0;
      regs_regs_slc_regs_regs_1_sg1_5_itm <= 10'b0;
      regs_regs_slc_regs_regs_2_sg1_4_itm <= 10'b0;
      regs_regs_slc_regs_regs_3_sg1_4_itm <= 10'b0;
      regs_regs_slc_regs_regs_1_sg1_4_itm <= 10'b0;
      regs_regs_1_sg1_sva_sg1 <= 90'b0;
      regs_regs_3_sg1_sva_sg1 <= 30'b0;
      regs_regs_2_sg1_sva_sg1 <= 60'b0;
      reg_vout_rsc_mgc_out_stdreg_d_tmp <= 10'b0;
      reg_vout_rsc_mgc_out_stdreg_d_tmp_1 <= 10'b0;
      reg_vout_rsc_mgc_out_stdreg_d_tmp_2 <= 10'b0;
      reg_regs_regs_0_sva_sg1_tmp_90 <= 30'b0;
    end
    else begin
      if ( en ) begin
        regs_regs_slc_regs_regs_2_sg1_6_itm <= regs_regs_2_sg1_sva_sg1[9:0];
        regs_regs_slc_regs_regs_3_sg1_3_itm <= regs_regs_3_sg1_sva_sg1[9:0];
        regs_regs_slc_regs_regs_1_sg1_6_itm <= regs_regs_1_sg1_sva_sg1[9:0];
        regs_regs_slc_regs_regs_2_sg1_5_itm <= regs_regs_2_sg1_sva_sg1[19:10];
        regs_regs_slc_regs_regs_3_sg1_5_itm <= regs_regs_3_sg1_sva_sg1[19:10];
        regs_regs_slc_regs_regs_1_sg1_5_itm <= regs_regs_1_sg1_sva_sg1[19:10];
        regs_regs_slc_regs_regs_2_sg1_4_itm <= regs_regs_2_sg1_sva_sg1[29:20];
        regs_regs_slc_regs_regs_3_sg1_4_itm <= regs_regs_3_sg1_sva_sg1[29:20];
        regs_regs_slc_regs_regs_1_sg1_4_itm <= regs_regs_1_sg1_sva_sg1[29:20];
        regs_regs_1_sg1_sva_sg1 <= vin_rsc_mgc_in_wire_d[149:60];
        regs_regs_3_sg1_sva_sg1 <= regs_regs_2_sg1_sva_sg1[59:30];
        regs_regs_2_sg1_sva_sg1 <= regs_regs_1_sg1_sva_sg1[89:30];
        reg_vout_rsc_mgc_out_stdreg_d_tmp <= ((FRAME_acc_2_psp_2_sva[9:0]) & (signext_10_1(readslicef_11_1_10((({1'b1
            , (~ (FRAME_acc_2_psp_2_sva[9:0]))}) + 11'b1))))) | (signext_10_1(FRAME_acc_2_psp_2_sva[10]));
        reg_vout_rsc_mgc_out_stdreg_d_tmp_1 <= ((FRAME_acc_3_psp_2_sva[9:0]) & (signext_10_1(readslicef_11_1_10((({1'b1
            , (~ (FRAME_acc_3_psp_2_sva[9:0]))}) + 11'b1))))) | (signext_10_1(FRAME_acc_3_psp_2_sva[10]));
        reg_vout_rsc_mgc_out_stdreg_d_tmp_2 <= ((FRAME_acc_4_psp_2_sva[9:0]) & (signext_10_1(readslicef_11_1_10((({1'b1
            , (~ (FRAME_acc_4_psp_2_sva[9:0]))}) + 11'b1))))) | (signext_10_1(FRAME_acc_4_psp_2_sva[10]));
        reg_regs_regs_0_sva_sg1_tmp_90 <= vin_rsc_mgc_in_wire_d[59:30];
      end
    end
  end

  function [1:0] signext_2_1;
    input [0:0] vector;
  begin
    signext_2_1= {{1{vector[0]}}, vector};
  end
  endfunction


  function [9:0] signext_10_9;
    input [8:0] vector;
  begin
    signext_10_9= {{1{vector[8]}}, vector};
  end
  endfunction


  function [2:0] readslicef_4_3_1;
    input [3:0] vector;
    reg [3:0] tmp;
  begin
    tmp = vector >> 1;
    readslicef_4_3_1 = tmp[2:0];
  end
  endfunction


  function [0:0] readslicef_4_1_3;
    input [3:0] vector;
    reg [3:0] tmp;
  begin
    tmp = vector >> 3;
    readslicef_4_1_3 = tmp[0:0];
  end
  endfunction


  function [0:0] readslicef_11_1_10;
    input [10:0] vector;
    reg [10:0] tmp;
  begin
    tmp = vector >> 10;
    readslicef_11_1_10 = tmp[0:0];
  end
  endfunction


  function [9:0] signext_10_1;
    input [0:0] vector;
  begin
    signext_10_1= {{9{vector[0]}}, vector};
  end
  endfunction


  function signed [10:0] conv_u2s_10_11 ;
    input [9:0]  vector ;
  begin
    conv_u2s_10_11 = {1'b0, vector};
  end
  endfunction


  function signed [10:0] conv_s2s_9_11 ;
    input signed [8:0]  vector ;
  begin
    conv_s2s_9_11 = {{2{vector[8]}}, vector};
  end
  endfunction


  function signed [9:0] conv_u2s_8_10 ;
    input [7:0]  vector ;
  begin
    conv_u2s_8_10 = {{2{1'b0}}, vector};
  end
  endfunction


  function signed [8:0] conv_u2s_16_9 ;
    input [15:0]  vector ;
  begin
    conv_u2s_16_9 = vector[8:0];
  end
  endfunction


  function  [7:0] conv_u2u_2_8 ;
    input [1:0]  vector ;
  begin
    conv_u2u_2_8 = {{6{1'b0}}, vector};
  end
  endfunction


  function signed [8:0] conv_s2s_7_9 ;
    input signed [6:0]  vector ;
  begin
    conv_s2s_7_9 = {{2{vector[6]}}, vector};
  end
  endfunction


  function signed [7:0] conv_u2s_6_8 ;
    input [5:0]  vector ;
  begin
    conv_u2s_6_8 = {{2{1'b0}}, vector};
  end
  endfunction


  function signed [6:0] conv_u2s_12_7 ;
    input [11:0]  vector ;
  begin
    conv_u2s_12_7 = vector[6:0];
  end
  endfunction


  function  [5:0] conv_u2u_2_6 ;
    input [1:0]  vector ;
  begin
    conv_u2u_2_6 = {{4{1'b0}}, vector};
  end
  endfunction


  function signed [6:0] conv_s2s_5_7 ;
    input signed [4:0]  vector ;
  begin
    conv_s2s_5_7 = {{2{vector[4]}}, vector};
  end
  endfunction


  function signed [4:0] conv_s2s_4_5 ;
    input signed [3:0]  vector ;
  begin
    conv_s2s_4_5 = {vector[3], vector};
  end
  endfunction


  function signed [3:0] conv_u2s_3_4 ;
    input [2:0]  vector ;
  begin
    conv_u2s_3_4 = {1'b0, vector};
  end
  endfunction


  function  [3:0] conv_u2u_3_4 ;
    input [2:0]  vector ;
  begin
    conv_u2u_3_4 = {1'b0, vector};
  end
  endfunction


  function signed [4:0] conv_u2s_4_5 ;
    input [3:0]  vector ;
  begin
    conv_u2s_4_5 = {1'b0, vector};
  end
  endfunction


  function signed [11:0] conv_u2s_10_12 ;
    input [9:0]  vector ;
  begin
    conv_u2s_10_12 = {{2{1'b0}}, vector};
  end
  endfunction


  function signed [10:0] conv_u2s_20_11 ;
    input [19:0]  vector ;
  begin
    conv_u2s_20_11 = vector[10:0];
  end
  endfunction


  function  [9:0] conv_u2u_2_10 ;
    input [1:0]  vector ;
  begin
    conv_u2u_2_10 = {{8{1'b0}}, vector};
  end
  endfunction


  function  [12:0] conv_u2u_12_13 ;
    input [11:0]  vector ;
  begin
    conv_u2u_12_13 = {1'b0, vector};
  end
  endfunction


  function  [11:0] conv_u2u_11_12 ;
    input [10:0]  vector ;
  begin
    conv_u2u_11_12 = {1'b0, vector};
  end
  endfunction


  function  [10:0] conv_u2u_10_11 ;
    input [9:0]  vector ;
  begin
    conv_u2u_10_11 = {1'b0, vector};
  end
  endfunction


  function  [11:0] conv_u2u_10_12 ;
    input [9:0]  vector ;
  begin
    conv_u2u_10_12 = {{2{1'b0}}, vector};
  end
  endfunction


  function  [12:0] conv_u2u_11_13 ;
    input [10:0]  vector ;
  begin
    conv_u2u_11_13 = {{2{1'b0}}, vector};
  end
  endfunction


  function  [4:0] conv_u2u_4_5 ;
    input [3:0]  vector ;
  begin
    conv_u2u_4_5 = {1'b0, vector};
  end
  endfunction


  function  [2:0] conv_u2u_2_3 ;
    input [1:0]  vector ;
  begin
    conv_u2u_2_3 = {1'b0, vector};
  end
  endfunction


  function  [4:0] conv_u2u_3_5 ;
    input [2:0]  vector ;
  begin
    conv_u2u_3_5 = {{2{1'b0}}, vector};
  end
  endfunction

endmodule

// ------------------------------------------------------------------
//  Design Unit:    motion_blur
//  Generated from file(s):
//   57) $PROJECT_HOME/../motionblur/motionblur1.c
// ------------------------------------------------------------------


module motion_blur (
  vin_rsc_z, vout_rsc_z, clk, en, arst_n
);
  input [149:0] vin_rsc_z;
  output [29:0] vout_rsc_z;
  input clk;
  input en;
  input arst_n;


  // Interconnect Declarations
  wire [149:0] vin_rsc_mgc_in_wire_d;
  wire [29:0] vout_rsc_mgc_out_stdreg_d;


  // Interconnect Declarations for Component Instantiations 
  mgc_in_wire #(.rscid(1),
  .width(150)) vin_rsc_mgc_in_wire (
      .d(vin_rsc_mgc_in_wire_d),
      .z(vin_rsc_z)
    );
  mgc_out_stdreg #(.rscid(2),
  .width(30)) vout_rsc_mgc_out_stdreg (
      .d(vout_rsc_mgc_out_stdreg_d),
      .z(vout_rsc_z)
    );
  motion_blur_core motion_blur_core_inst (
      .clk(clk),
      .en(en),
      .arst_n(arst_n),
      .vin_rsc_mgc_in_wire_d(vin_rsc_mgc_in_wire_d),
      .vout_rsc_mgc_out_stdreg_d(vout_rsc_mgc_out_stdreg_d)
    );
endmodule